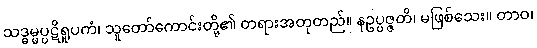
သဒ္ဓမ္မပ္ပဋိရူပကံ၊ သူတော်ကောင်းတို့၏ တရားအတုတည်။ နဥပ္ပဇ္ဇတိ၊ မဖြစ်သေး။ တာဝ၊